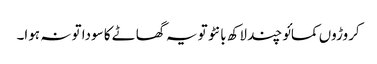
کروڑوں کمائو چند لاکھ بانٹو تو یہ گھاٹے کا سودا تو نہ ہوا۔